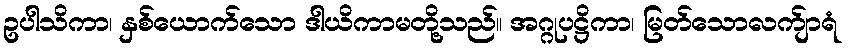
ဥပါသိကာ၊ နှစ်ယောက်သော ဒါယိကာမတို့သည်။ အဂ္ဂုပဋ္ဌိကာ၊ မြတ်သောလက်ျာရံ